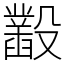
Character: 𣫞